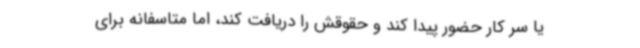
یا سر کار حضور پیدا کند و حقوقش را دریافت کند، اما متاسفانه برای